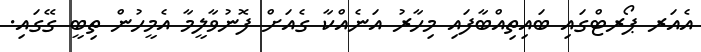
އެއަރ ޕޯރޓްގައި ބައިތިއްބާފައި މިހާރު އަނެއްކާ ގެއަށް ފޮނުވާލީމާ އެމީހުން ތިބީ ގޭގައި.